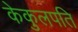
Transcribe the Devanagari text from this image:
केकुलपति